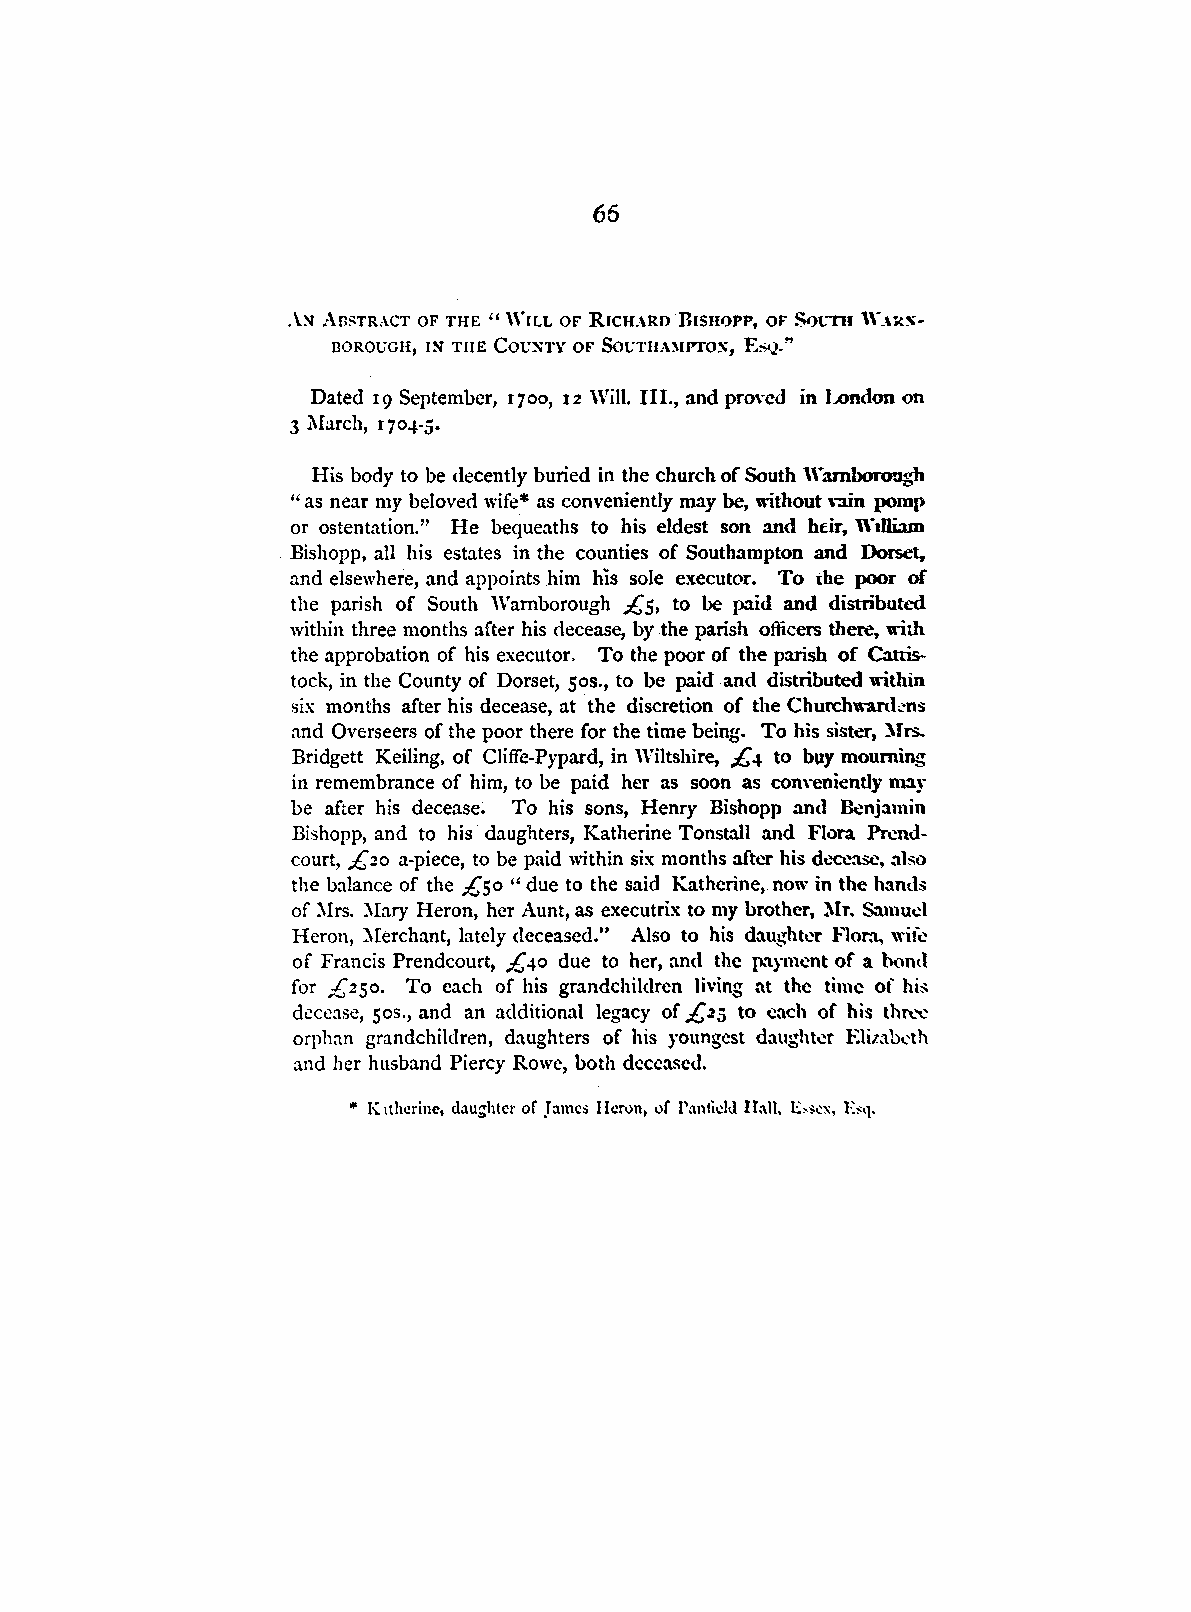
66
 .\::-J ABSTRACT OF THE "WILL OF RICHARD BISHOPP, OF S<>CTII \\'_\RS
 BOROUGH, I!'l THE Cot.JXTY OF Sot:TIU'.\IPTO~, £,;Q."
 Dated 19 September, 1700, 12 Will. III., and pro\·cd in London on
 3 l\Iarch, 1704-5.
 His body to be decently buried in the church of South Wambor~<"h
 " as near my beloved wife* as conveniently may be, without ,-:iin pomp
 or ostentation." He bequeaths to his eldest son and heir, William
 Bishopp, all his estates in the counties of Southampton and Dorset,
 and elsewhere, and appoints him his sole executor. To che poor of
 the parish of South Wamborough £5, to be paid and distributed
 within three months after his decease, by the parish officers there, with
 the approbation of his executor. To the poor of the parish of Cattis
 tock, in the County of Dorset, 50s., to be paid and distributed within
 six months after his decease, at the discretion of the Churchwanl.·ns
 and Overseers of the poor there for the time being. To his sister, :\Trs.
 Bridgett Keiling, of Cliffe-Pypard, in Wiltshire, £-t to buy mourning
 in remembrance of him, to be paid her as soon as com·eniently may
 be after his decease. To his sons, Henry Bishopp and Benjamin
 Bishopp, and to his daughters, Katherine Tonstall and Flora Prend
 court, £ 20 a-piece, to be paid within six months after his dt.>CC:t.se, also
 the balance of the £50 "due to the said Katherine, now in the hand,;
 of ~Irs. ~Iary Heron, her Aunt, as executrix to my brother, Mr. Samud
 Heron, Merchant, lately deceased." Also to his daughter Flor.t. wife
 of Francis Prendcourt, £40 due to her, and the P,.'\yment of a hond
 for £250. To each of his grandchildren living at the time of his
 decease, 50s., and an additional legacy of .£25 to each of his thT\.-c
 orphan grandchildren, daughters of his youngest daughter Elilab.:th
 and her husband Piercy Rowe, both deceased.
 or
 ,. K lthcrine, d.1.ughtcr of James Heron, l'.1.nt1d,l Hall, 1::~~~x, E~q.